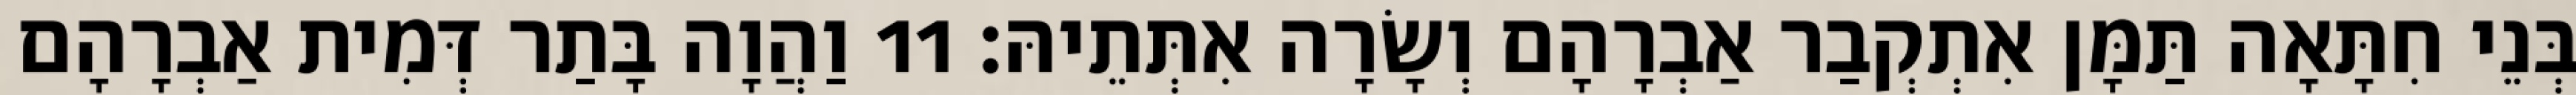
בְּנֵי חִתָּאָה תַּמָּן אִתְקְבַר אַבְרָהָם וְשָׂרָה אִתְּתֵיהּ׃ 11 וַהֲוָה בָּתַר דְּמִית אַבְרָהָם